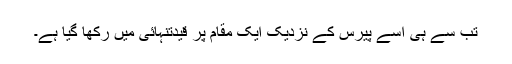
تب سے ہی اسے پیرس کے نزدیک ایک مقام پر قیدتنہائی میں رکھا گیا ہے۔